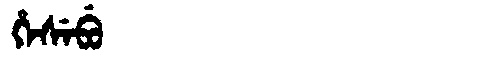
Manchu: ᡥᡝᠰᡝᠪᡠ
Romanization: HESEBU